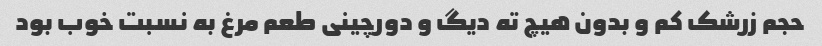
حجم زرشک کم و بدون هیچ ته دیگ و دورچینی طعم مرغ به نسبت خوب بود